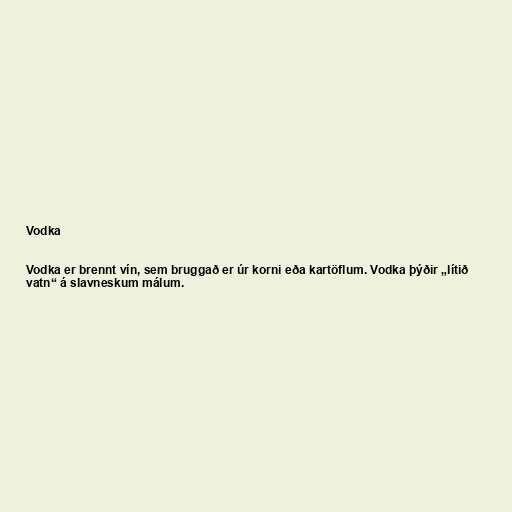
Vodka

Vodka er brennt vín, sem bruggað er úr korni eða kartöflum. Vodka þýðir „lítið
vatn“ á slavneskum málum.